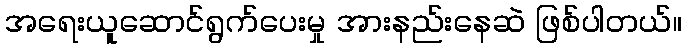
အရေးယူဆောင်ရွက်ပေးမှု အားနည်းနေဆဲ ဖြစ်ပါတယ်။